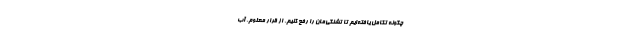
چگونه تکامل یافته‌ایم تا تشنگی‌مان را رفع کنیم. از قرار معلوم، آب